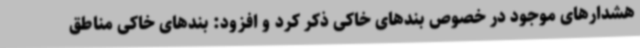
هشدارهای موجود در خصوص بندهای خاکی ذکر کرد و افزود: بندهای خاکی مناطق